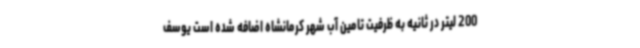
200 لیتر در ثانیه به ظرفیت تامین آب شهر کرمانشاه اضافه شده است یوسف